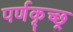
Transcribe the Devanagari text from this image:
पर्णकृच्छ्र